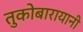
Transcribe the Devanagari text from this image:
तुकोबारायानी